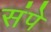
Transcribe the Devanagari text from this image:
संपे